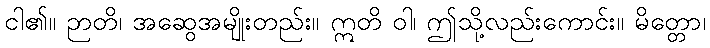
ငါ၏။ ဉာတိ၊ အဆွေအမျိုးတည်း။ ဣတိ ဝါ၊ ဤသို့လည်းကောင်း။ မိတ္တော၊